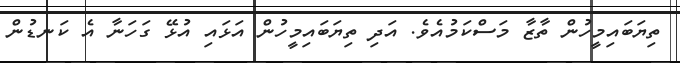
ތިޔަބައިމީހުން ތާޒާ މަސްކަމުއެވެ. އަދި ތިޔަބައިމީހުން އަޅައި އުޅޭ ގަހަނާ އެ ކަނޑުން